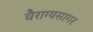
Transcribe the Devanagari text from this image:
वैराग्यसागर